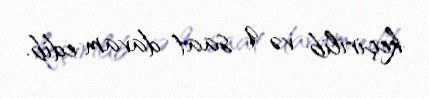
keçirilib və 9 saat davam edib.